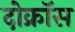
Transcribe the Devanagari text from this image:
दोक्रॉस